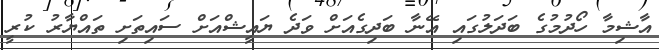
އާޝިމާ ހޯދުމުގެ ބަދަލުގައި އޭނާ ބަދިގެއަށް ވަދެ ޔައީޝްއަށް ސައިތަށި ތައްޔާރު ކުރީ